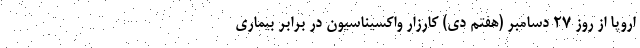
اروپا از روز ۲۷ دسامبر (هفتم دی) کارزار واکسیناسیون در برابر بیماری